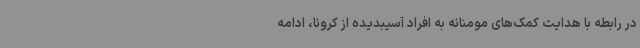
در رابطه با هدایت کمک‌های مومنانه به افراد آسیبدیده از کرونا، ادامه